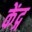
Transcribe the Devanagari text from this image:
केंद्ग